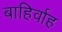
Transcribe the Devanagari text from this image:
बाहिर्वाह